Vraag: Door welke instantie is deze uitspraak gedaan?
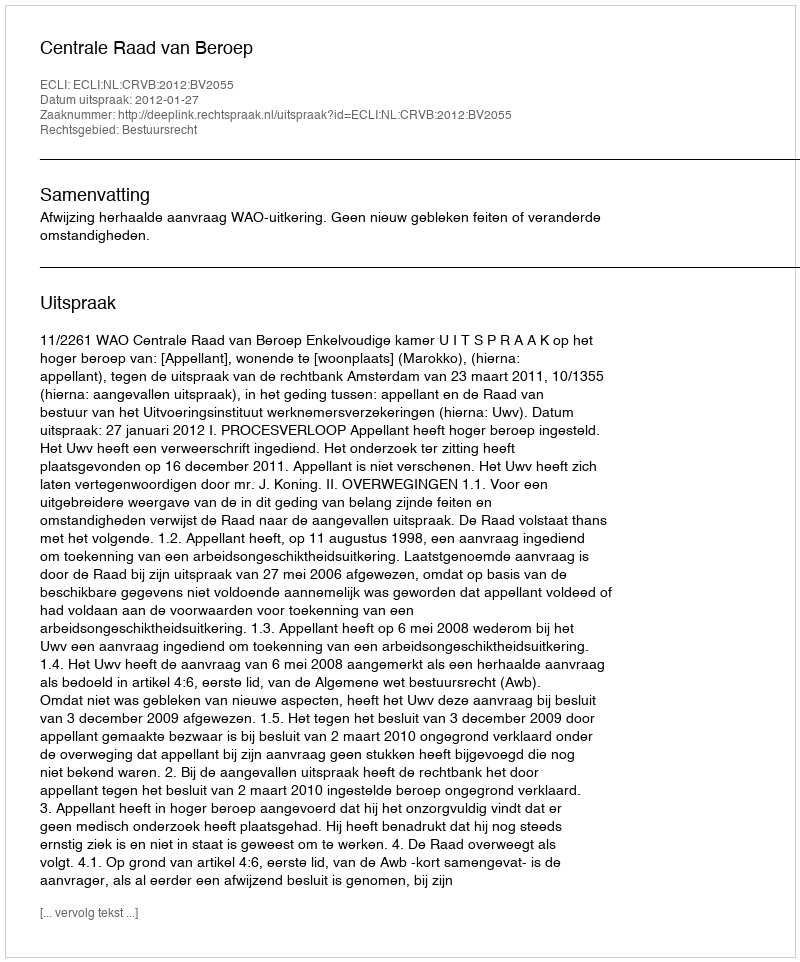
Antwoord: Centrale Raad van Beroep